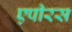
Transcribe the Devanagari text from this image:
एपीरस